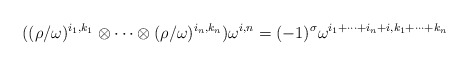
\begin{align*} ((\rho/\omega)^{i_1, k_1} \otimes \cdots\otimes (\rho/\omega)^{i_n,k_n})\omega^{i,n} = (-1)^{ \sigma}\omega^{i_1+\cdots+i_n+i, k_1+\cdots+k_n}\end{align*}